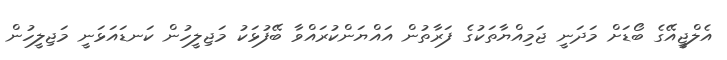
އެލްޖީއޭގެ ބޯޑަށް މަދަނީ ޖަމިއްޔާތަކުގެ ފަރާތުން އައްޔަންކުރައްވާ ބޭފުޅަކު މަޖިލީހުން ކަނޑައަޅަނީ މަޖިލީހުން